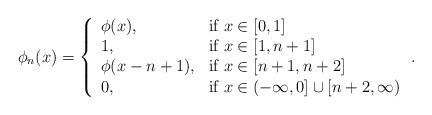
LaTeX: \begin{align*}\phi_n(x) = \left\{\begin{array}{ll}\phi(x), & \mbox{if } x\in[0,1]\\1, & \mbox{if } x\in[1,n+1]\\\phi(x-n+1), & \mbox{if } x\in[n+1,n+2]\\0, & \mbox{if } x\in(-\infty,0]\cup [n+2,\infty)\end{array}\right. .\end{align*}